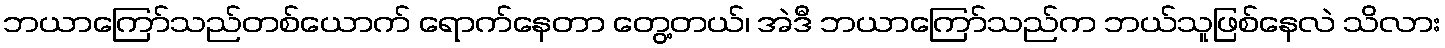
ဘယာကြော်သည်တစ်ယောက် ရောက်နေတာ တွေ့တယ်၊ အဲဒီ ဘယာကြော်သည်က ဘယ်သူဖြစ်နေလဲ သိလား